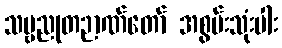
သဗ္ဗညုတဉာဏ်တော် အစွမ်းသုံးပါး